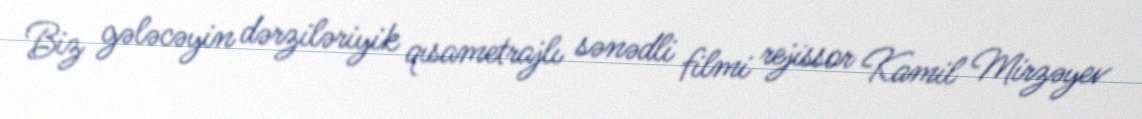
Biz gələcəyin dərziləriyik qısametrajlı sənədli filmi rejissor Kamil Mirzəyev